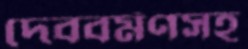
দেববর্মণসহ